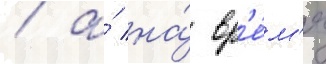
/ а́ на́ вр'е́м'я